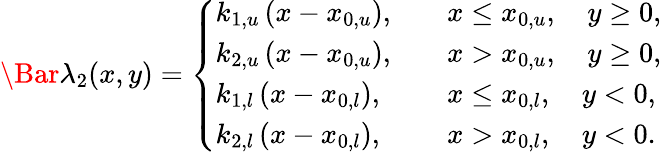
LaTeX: \Bar{\lambda}_{2}(x,y)=\left\{ \begin{array}{ll}{k_{1,u}\left(x-x_{0,u}\right),}&{\quad x\leq x_{0,u},\quad y\geq 0,}\\ {k_{2,u}\left(x-x_{0,u}\right),}&{\quad x>x_{0,u},\quad y\geq 0,}\\ {k_{1,l}\left(x-x_{0,l}\right),}&{\quad x\leq x_{0,l},\quad y<0,}\\ {k_{2,l}\left(x-x_{0,l}\right),}&{\quad x>x_{0,l},\quad y<0.}\end{array}\right.